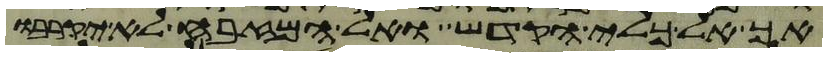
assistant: אך אל כלי הקדש ואל המזבח לא יקרבו